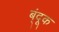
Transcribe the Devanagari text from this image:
ब्ंदूक